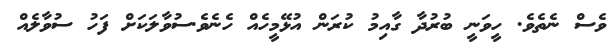
ވެސް ނެތެވެ. ހީވަނީ ބުރުދާ ގާއިމު ކުރަން އުޅޭމީހެއް ހެނެވެ.ސުވާލަކަށް ފަހު ސުވާލެއް